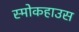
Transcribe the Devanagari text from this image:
स्मोकहाउस